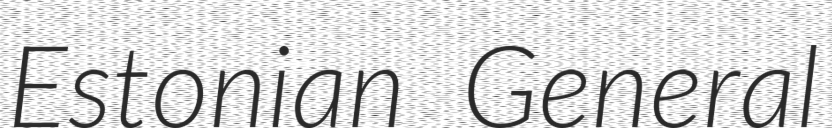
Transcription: Estonian General